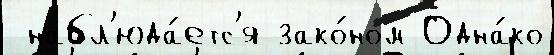
 набл'юда́етс'я зако́ном Одна́ко